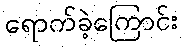
ရောက်ခဲ့ကြောင်း